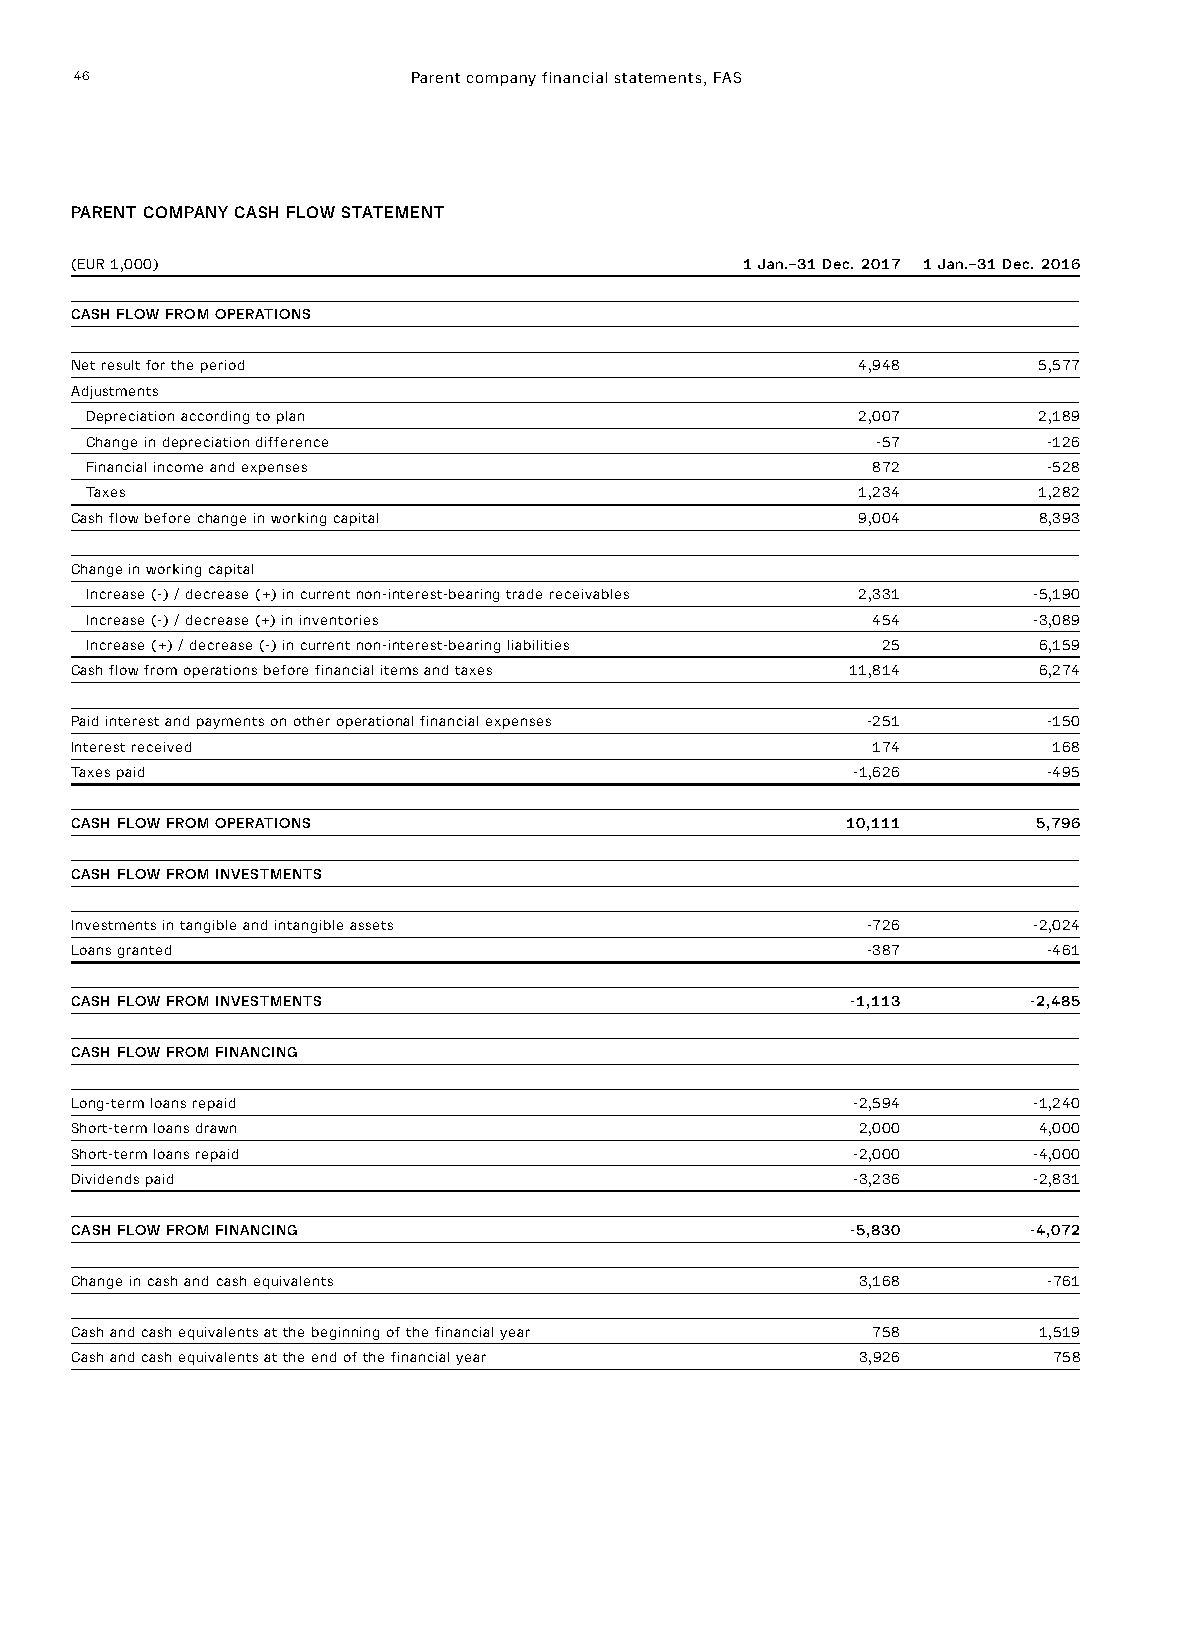
46                    Parent company financial statements, FAS
 PARENT COMPANY CASH FLOW STATEMENT
 (EUR 1,000)                                 1 Jan.–31 Dec. 2017 1 Jan.–31 Dec. 2016
 CASH FLOW FROM OPERATIONS
 Net result for the period                           4,948       5,577
 Adjustments
 Depreciation according to plan                     2,007       2,189
 Change in depreciation difference                   -57        -126
 Financial income and expenses                       872        -528
 Taxes                                              1,234       1,282
 Cash flow before change in working capital          9,004       8,393
 Change in working capital
 Increase (-) / decrease (+) in current non-interest-bearing trade receivables 2,331 -5,190
 Increase (-) / decrease (+) in inventories          454       -3,089
 Increase (+) / decrease (-) in current non-interest-bearing liabilities 25 6,159
 Cash flow from operations before financial items and taxes 11,814 6,274
 Paid interest and payments on other operational financial expenses -251 -150
 Interest received                                    174         168
 Taxes paid                                         -1,626       -495
 CASH FLOW FROM OPERATIONS                          10,111       5,796
 CASH FLOW FROM INVESTMENTS
 Investments in tangible and intangible assets       -726       -2,024
 Loans granted                                       -387        -461
 CASH FLOW FROM INVESTMENTS                         -1,113      -2,485
 CASH FLOW FROM FINANCING
 Long-term loans repaid                             -2,594      -1,240
 Short-term loans drawn                              2,000       4,000
 Short-term loans repaid                            -2,000      -4,000
 Dividends paid                                     -3,236      -2,831
 CASH FLOW FROM FINANCING                           -5,830      -4,072
 Change in cash and cash equivalents                 3,168       -761
 Cash and cash equivalents at the beginning of the financial year 758 1,519
 Cash and cash equivalents at the end of the financial year 3,926 758